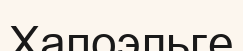
Хапоэльге